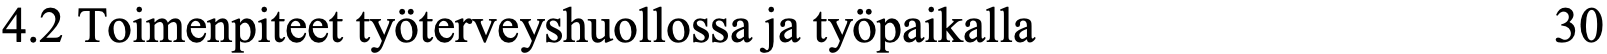
4.2 Toimenpiteet työterveyshuollossa ja työpaikalla 30